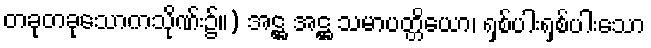
တခုတခုသောကသိုဏ်း၌။) အဋ္ဌ အဋ္ဌ သမာပတ္တိယော၊ ရှစ်ပါးရှစ်ပါးသော